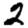
Digit: 2